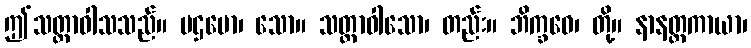
ဤသတ္တာဝါသသည်။ ပဌမော၊ သော။ သတ္တာဝါသော၊ တည်း။ ဘိက္ခဝေ၊ တို့။ နာနတ္တကာယာ၊